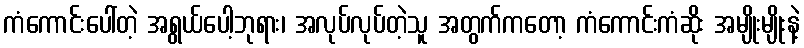
ကံကောင်းပေါ်တဲ့ အရွယ်ပေါ့ဘုရား၊ အလုပ်လုပ်တဲ့သူ အတွက်ကတော့ ကံကောင်းကံဆိုး အမျိုးမျိုးနဲ့